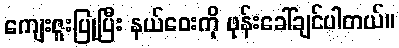
ကျေးဇူးပြုပြီး နယ်ဝေးကို ဖုန်းခေါ်ချင်ပါတယ်။